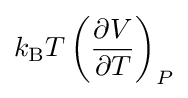
k_{\rm {B}}T\left({\frac {\partial V}{\partial T}}\right)_{P}